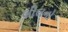
લીલનો